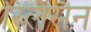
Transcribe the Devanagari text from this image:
रिलसैन